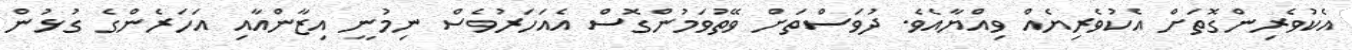
އެކުވެރިންގޮތަށް އެކުވެރިޔެއް ވިއްޔާއެވެ. ދުވަސްތަށް ވޭތުވަމުންގޮސް އެއަހަރުވެސް ނިމުނީ އިޒާންއާއި އަހަރެންގެ ގުޅުން